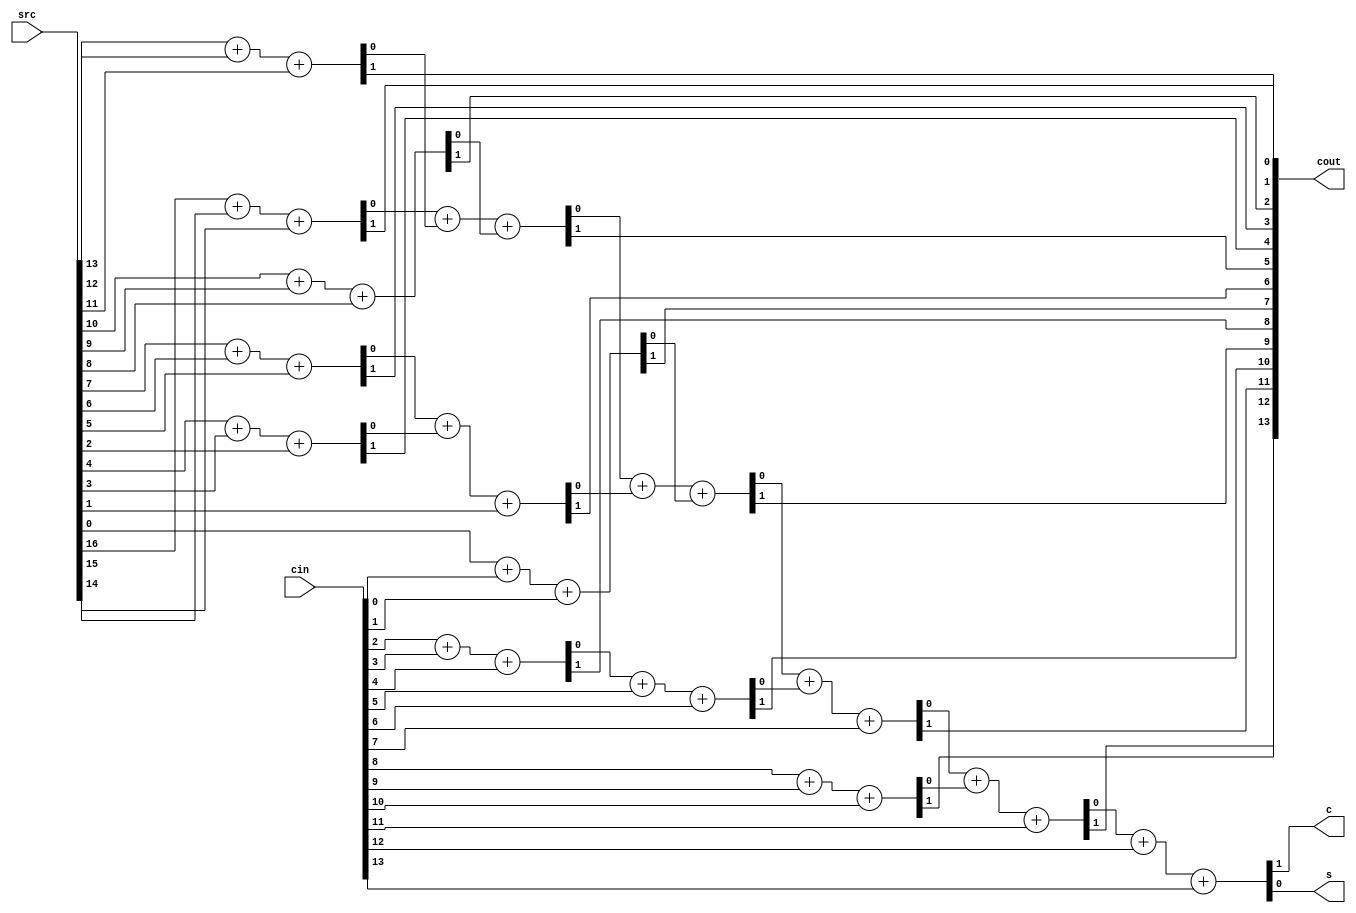
module wallce_tree(
	input [16:0] src,
	input [13:0] cin,
	output [13:0] cout,
	output c,
	output s
	);
wire temp_s[13:0];
assign {cout[0],temp_s[0]} = src[16] + src[15] + src[14];
assign {cout[1],temp_s[1]} = src[13] + src[12] + src[11];
assign {cout[2],temp_s[2]} = src[10] + src[9] + src[8];
assign {cout[3],temp_s[3]} = src[7] + src[6] + src[5];
assign {cout[4],temp_s[4]} = src[4] + src[3] + src[2];

assign {cout[5],temp_s[5]} = temp_s[0] + temp_s[1] + temp_s[2];
assign {cout[6],temp_s[6]} = temp_s[3] + temp_s[4] + src[1];
assign {cout[7],temp_s[7]} = src[0] + cin[0] + cin[1];
assign {cout[8],temp_s[8]} = cin[2] + cin[3] + cin[4];

assign {cout[9],temp_s[9]} = temp_s[5] + temp_s[6] + temp_s[7];
assign {cout[10],temp_s[10]} = temp_s[8] + cin[5] + cin[6];

assign {cout[11],temp_s[11]} = temp_s[9] + temp_s[10] + cin[7];
assign {cout[12],temp_s[12]} = cin[8] + cin[9] + cin[10];

assign {cout[13],temp_s[13]} = temp_s[11] + temp_s[12] + cin[11];

assign {c,s} = temp_s[13] + cin[12] + cin[13];
endmodule